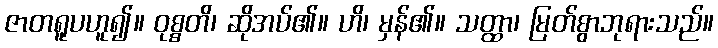
ဇာတရူပဟူ၍။ ဝုစ္စတိ၊ ဆိုအပ်၏။ ဟိ၊ မှန်၏။ သတ္ထာ၊ မြတ်စွာဘုရားသည်။